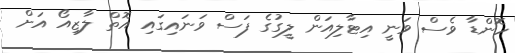
ހޮންޑާ ވެސް ވަނީ އިޓާލިއަން ލީގުގެ ފަސް ވަނައިގައި އޮތް ލާޒިއޯ އަށް